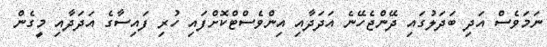
ނަމަވެސް އަދި ބަދަލުގައި ދޭންޖެހޭނެ އަދަދާއި އިންވެސްޓްކޮށްފައި ހުރި ފައިސާގެ އަދަދާއި މީގެން